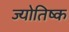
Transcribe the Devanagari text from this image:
ज्योतिष्क